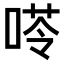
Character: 𠸖